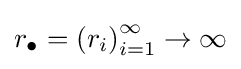
r_{\bullet }=\left(r_{i}\right)_{i=1}^{\infty }\to \infty